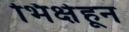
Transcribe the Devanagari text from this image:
भिक्षेहून